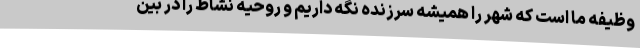
وظیفه ما است که شهر را همیشه سرزنده نگه داریم و روحیه نشاط را در بین